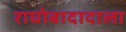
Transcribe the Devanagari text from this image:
राघोबादादाला